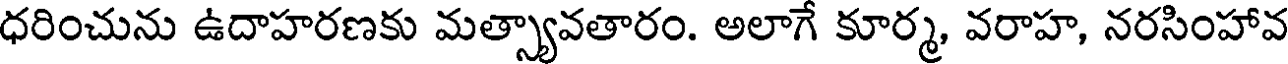
ధరించును ఉదాహరణకు మత్స్యావతారం. అలాగే కూర్మ, వరాహ, నరసింహావ